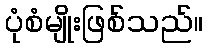
ပုံစံမျိုးဖြစ်သည်။